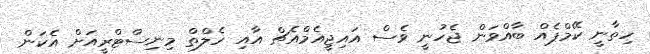
ހިތާނީ ކޭމްޕެއް ބާއްވަން ޖެހުނީ ވެސް އައިޖީއެމްއެޗް އާއި ހެލްތް މިނިސްޓްރީއަށް އެކަން